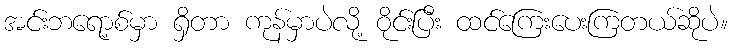
အင်းဘရော့စ်မှာ ရှိတာ ကုန်မှာပဲလို့ ဝိုင်းပြီး ထင်ကြေးပေးကြတယ်ဆိုပဲ။